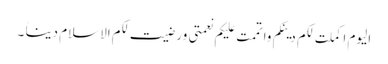
الیوم اکملت لکم دینکم واتممت علیکم نعمتی ورضیت لکم الاسلام دیناً ۔